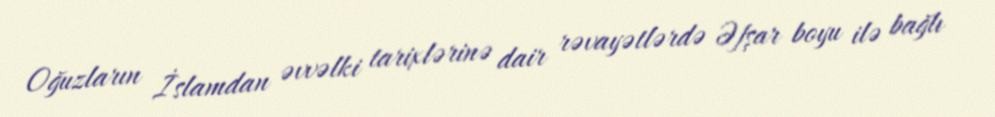
Oğuzların İslamdan əvvəlki tarixlərinə dair rəvayətlərdə Əfşar boyu ilə bağlı